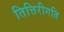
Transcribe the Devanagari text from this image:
तित्तिरीगति